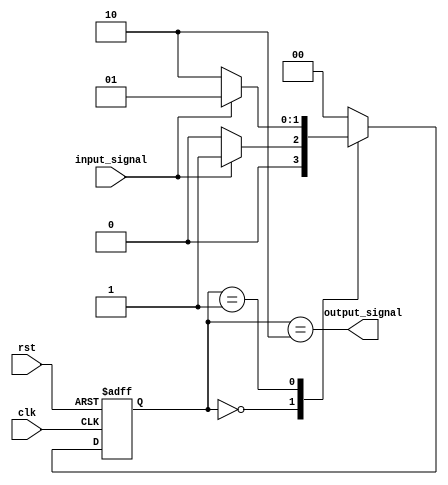
module fsm_module (
    input  wire clk, 
    input  wire rst, 
    input  wire input_signal, 
    output wire output_signal
);

// States
parameter state1 = 2'd0; 
parameter state2 = 2'd1;
parameter state3 = 2'd2;

// State register
reg [1:0] state_reg, state_next;

// Outputs
reg output_signal_reg;

// Next state logic
always @ (posedge clk or posedge rst) begin
    if (rst) begin
        state_reg <= state1;
    end else begin
        state_reg <= state_next;
    end
end

// State logic
always @* begin
    case (state_reg)
        state1: begin
            if (input_signal == 1'b1) begin
                state_next = state2;
            end else begin
                state_next = state1;
            end
        end
        state2: begin
            if (input_signal == 1'b0) begin
                state_next = state3;
            end else begin
                state_next = state2;
            end
        end
        state3: begin
            state_next = state1;
        end
        default: begin
            state_next = state1;
        end
    endcase
end

// Output logic
always @* begin
    output_signal_reg = (state_reg == state3);
end

// Assign output signal
assign output_signal = output_signal_reg;

endmodule